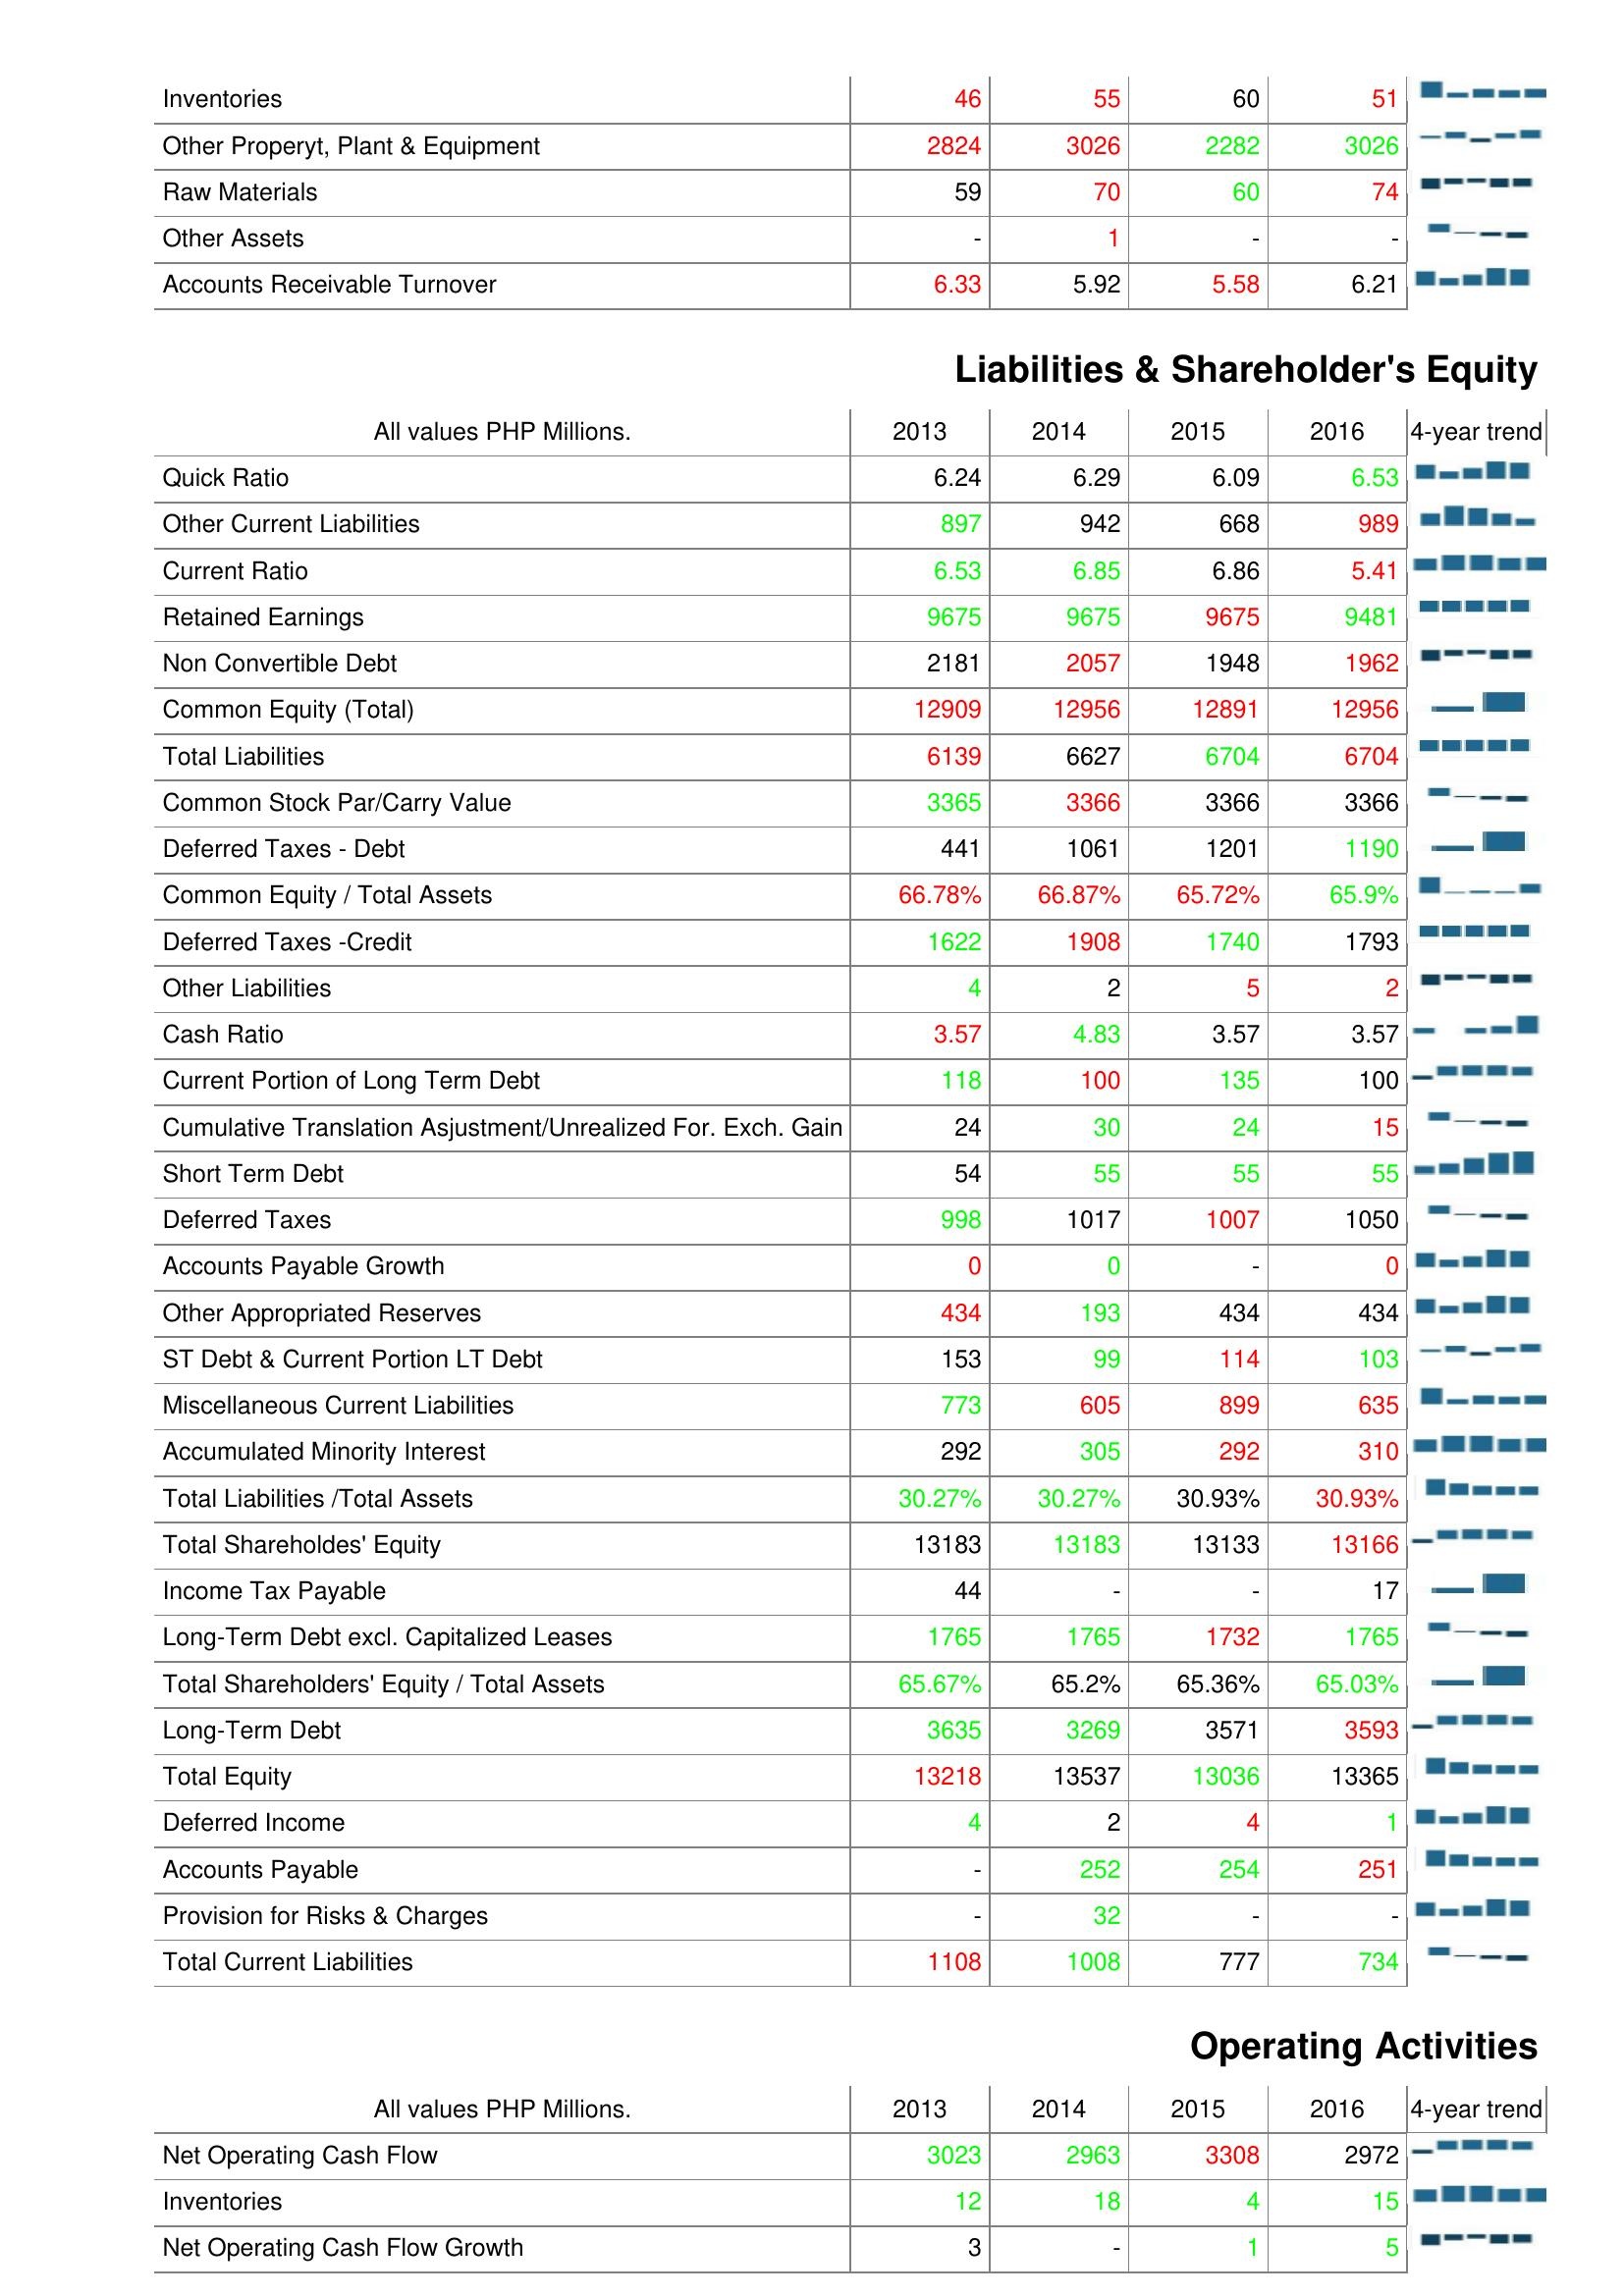
2013: Assets: Inventories: 46
Other Properyt, Plant & Equipment: 2824
Raw Materials: 59
Other Assets: -
Accounts Receivable Turnover: 6.33
Liabilities & Shareholder's Equity: Quick Ratio: 6.24
Other Current Liabilities: 897
Current Ratio: 6.53
Retained Earnings: 9675
Non Convertible Debt: 2181
Common Equity (Total): 12909
Total Liabilities: 6139
Common Stock Par/Carry Value: 3365
Deferred Taxes - Debt: 441
Common Equity / Total Assets: 66.78%
Deferred Taxes -Credit: 1622
Other Liabilities: 4
Cash Ratio: 3.57
Current Portion of Long Term Debt: 118
Cumulative Translation Asjustment/Unrealized For. Exch. Gain: 24
Short Term Debt: 54
Deferred Taxes: 998
Accounts Payable Growth: 0
Other Appropriated Reserves: 434
ST Debt & Current Portion LT Debt: 153
Miscellaneous Current Liabilities: 773
Accumulated Minority Interest: 292
Total Liabilities /Total Assets: 30.27%
Total Shareholdes' Equity: 13183
Income Tax Payable: 44
Long-Term Debt excl. Capitalized Leases: 1765
Total Shareholders' Equity / Total Assets: 65.67%
Long-Term Debt: 3635
Total Equity: 13218
Deferred Income: 4
Accounts Payable: -
Provision for Risks & Charges: -
Total Current Liabilities: 1108
Operating Activities: Net Operating Cash Flow: 3023
Inventories: 12
Net Operating Cash Flow Growth: 3
2014: Assets: Inventories: 55
Other Properyt, Plant & Equipment: 3026
Raw Materials: 70
Other Assets: 1
Accounts Receivable Turnover: 5.92
Liabilities & Shareholder's Equity: Quick Ratio: 6.29
Other Current Liabilities: 942
Current Ratio: 6.85
Retained Earnings: 9675
Non Convertible Debt: 2057
Common Equity (Total): 12956
Total Liabilities: 6627
Common Stock Par/Carry Value: 3366
Deferred Taxes - Debt: 1061
Common Equity / Total Assets: 66.87%
Deferred Taxes -Credit: 1908
Other Liabilities: 2
Cash Ratio: 4.83
Current Portion of Long Term Debt: 100
Cumulative Translation Asjustment/Unrealized For. Exch. Gain: 30
Short Term Debt: 55
Deferred Taxes: 1017
Accounts Payable Growth: 0
Other Appropriated Reserves: 193
ST Debt & Current Portion LT Debt: 99
Miscellaneous Current Liabilities: 605
Accumulated Minority Interest: 305
Total Liabilities /Total Assets: 30.27%
Total Shareholdes' Equity: 13183
Income Tax Payable: -
Long-Term Debt excl. Capitalized Leases: 1765
Total Shareholders' Equity / Total Assets: 65.2%
Long-Term Debt: 3269
Total Equity: 13537
Deferred Income: 2
Accounts Payable: 252
Provision for Risks & Charges: 32
Total Current Liabilities: 1008
Operating Activities: Net Operating Cash Flow: 2963
Inventories: 18
Net Operating Cash Flow Growth: -
2015: Assets: Inventories: 60
Other Properyt, Plant & Equipment: 2282
Raw Materials: 60
Other Assets: -
Accounts Receivable Turnover: 5.58
Liabilities & Shareholder's Equity: Quick Ratio: 6.09
Other Current Liabilities: 668
Current Ratio: 6.86
Retained Earnings: 9675
Non Convertible Debt: 1948
Common Equity (Total): 12891
Total Liabilities: 6704
Common Stock Par/Carry Value: 3366
Deferred Taxes - Debt: 1201
Common Equity / Total Assets: 65.72%
Deferred Taxes -Credit: 1740
Other Liabilities: 5
Cash Ratio: 3.57
Current Portion of Long Term Debt: 135
Cumulative Translation Asjustment/Unrealized For. Exch. Gain: 24
Short Term Debt: 55
Deferred Taxes: 1007
Accounts Payable Growth: -
Other Appropriated Reserves: 434
ST Debt & Current Portion LT Debt: 114
Miscellaneous Current Liabilities: 899
Accumulated Minority Interest: 292
Total Liabilities /Total Assets: 30.93%
Total Shareholdes' Equity: 13133
Income Tax Payable: -
Long-Term Debt excl. Capitalized Leases: 1732
Total Shareholders' Equity / Total Assets: 65.36%
Long-Term Debt: 3571
Total Equity: 13036
Deferred Income: 4
Accounts Payable: 254
Provision for Risks & Charges: -
Total Current Liabilities: 777
Operating Activities: Net Operating Cash Flow: 3308
Inventories: 4
Net Operating Cash Flow Growth: 1
2016: Assets: Inventories: 51
Other Properyt, Plant & Equipment: 3026
Raw Materials: 74
Other Assets: -
Accounts Receivable Turnover: 6.21
Liabilities & Shareholder's Equity: Quick Ratio: 6.53
Other Current Liabilities: 989
Current Ratio: 5.41
Retained Earnings: 9481
Non Convertible Debt: 1962
Common Equity (Total): 12956
Total Liabilities: 6704
Common Stock Par/Carry Value: 3366
Deferred Taxes - Debt: 1190
Common Equity / Total Assets: 65.9%
Deferred Taxes -Credit: 1793
Other Liabilities: 2
Cash Ratio: 3.57
Current Portion of Long Term Debt: 100
Cumulative Translation Asjustment/Unrealized For. Exch. Gain: 15
Short Term Debt: 55
Deferred Taxes: 1050
Accounts Payable Growth: 0
Other Appropriated Reserves: 434
ST Debt & Current Portion LT Debt: 103
Miscellaneous Current Liabilities: 635
Accumulated Minority Interest: 310
Total Liabilities /Total Assets: 30.93%
Total Shareholdes' Equity: 13166
Income Tax Payable: 17
Long-Term Debt excl. Capitalized Leases: 1765
Total Shareholders' Equity / Total Assets: 65.03%
Long-Term Debt: 3593
Total Equity: 13365
Deferred Income: 1
Accounts Payable: 251
Provision for Risks & Charges: -
Total Current Liabilities: 734
Operating Activities: Net Operating Cash Flow: 2972
Inventories: 15
Net Operating Cash Flow Growth: 5